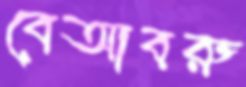
বেআবরু